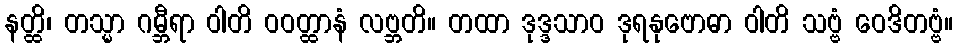
နတ္ထိ၊ တသ္မာ ဂမ္ဘီရာ ဝါတိ ဝဝတ္ထာနံ လဗ္ဘတိ။ တထာ ဒုဒ္ဒသာဝ ဒုရနုဗောဓာ ဝါတိ သဗ္ဗံ ဝေဒိတဗ္ဗံ။